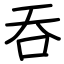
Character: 吞